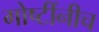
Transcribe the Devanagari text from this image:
गोष्टींनीच